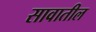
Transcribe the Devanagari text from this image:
सावातील